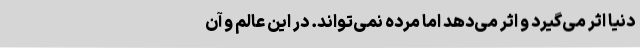
دنیا اثر می‌گیرد و اثر می‌دهد اما مرده نمی‌تواند. در این عالم و آن